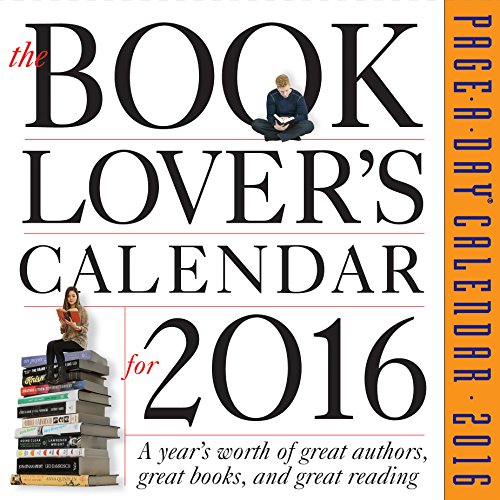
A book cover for The Book Lover's Page-A-Day Calendar 2016; Workman Publishing; Calendars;